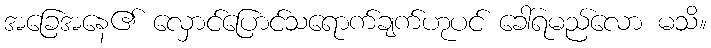
အခြေအနေ၏ လှောင်ပြောင်သရောက်ချက်ဟုပင် ခေါ်ရမည်လော မသိ။